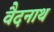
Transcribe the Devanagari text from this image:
वैदनाथ